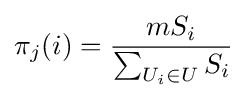
\pi _{j}(i)={\frac {mS_{i}}{\sum _{U_{i}\in U}S_{i}}}